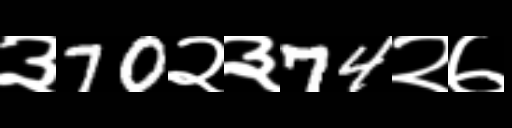
Text: ३70२३74२७